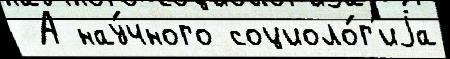
 А нау́чного социоло́г'иjа